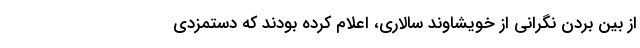
از بین بردن نگرانی از خویشاوند سالاری، اعلام کرده بودند که دستمزدی